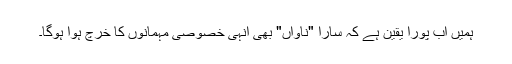
ہمیں اب پورا یقین ہے کہ سارا "ناواں" بھی انہی خصوصی مہمانوں کا خرچ ہوا ہوگا۔